Indian journal of veterinary science and animal husbandry - Volumes 15-17, 1948-1951
Year: 1948
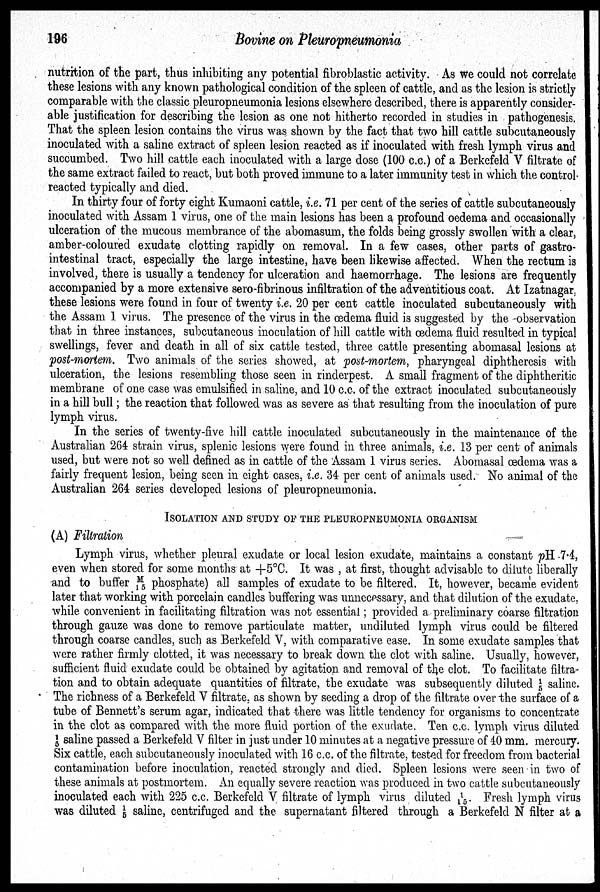
196
Bovine on Pleuropneumonia
nutrition of the part, thus inhibiting any potential fibroblastic activity. As we could not correlate
these lesions with any known pathological condition of the spleen of cattle, and as the lesion is strictly
comparable with the classic pleuropneumonia lesions elsewhere described, there is apparently consider-
able justification for describing the lesion as one not hitherto recorded in studies in pathogenesis.
That the spleen lesion contains the virus was shown by the fact that two hill cattle subcutaneously
inoculated with a saline extract of spleen lesion reacted as if inoculated with fresh lymph virus and
succumbed. Two hill cattle each inoculated with a large dose (100 c.c.) of a Berkefeld V filtrate of
the same extract failed to react, but both proved immune to a later immunity test in which the control
reacted typically and died.
In thirty four of forty eight Kumaoni cattle, i.e. 71 per cent of the series of cattle subcutaneously
inoculated with Assam 1 virus, one of the main lesions has been a profound oedema and occasionally
ulceration of the mucous membrance of the abomasum, the folds being grossly swollen with a clear,
amber-coloured exudate clotting rapidly on removal. In a few cases, other parts of gastro-
intestinal tract, especially the large intestine, have been likewise affected. When the rectum is
involved, there is usually a tendency for ulceration and haemorrhage. The lesions are frequently
accompanied by a more extensive sero-fibrinous infiltration of the adventitious coat. At Izatnagar,
these lesions were found in four of twenty i.e. 20 per cent cattle inoculated subcutaneously with
the Assam 1 virus. The presence of the virus in the œdema fluid is suggested by the observation
that in three instances, subcutaneous inoculation of hill cattle with œdema fluid resulted in typical
swellings, fever and death in all of six cattle tested, three cattle presenting abomasal lesions at
post-mortem. Two animals of the series showed, at post-mortem, pharyngeal diphtheresis with
ulceration, the lesions resembling those seen in rinderpest. A small fragment of the diphtheritic
membrane of one case was emulsified in saline, and 10 c.c. of the extract inoculated subcutaneously
in a hill bull; the reaction that followed was as severe as that resulting from the inoculation of pure
lymph virus.
In the series of twenty-five hill cattle inoculated subcutaneously in the maintenance of the
Australian 264 strain virus, splenic lesions were found in three animals, i.e. 13 per cent of animals
used, but were not so well defined as in cattle of the Assam 1 virus series. Abomasal œdema was a
fairly frequent lesion, being seen in eight cases, i.e. 34 per cent of animals used. No animal of the
Australian 264 series developed lesions of pleuropneumonia.
ISOLATION AND STUDY OF THE PLEUROPNEUMONIA ORGANISM
(A) Filtration
Lymph virus, whether pleural exudate or local lesion exudate, maintains a constant pH-7.4,
even when stored for some months at +5ºC. It was , at first, thought advisable to dilute liberally
and to buffer M/15 phosphate) all samples of exudate to be filtered. It, however, became evident
later that working with porcelain candles buffering was unnecessary, and that dilution of the exudate,
while convenient in facilitating filtration was not essential; provided a preliminary coarse filtration
through gauze was done to remove particulate matter, undiluted lymph virus could be filtered
through coarse candles, such as Berkefeld V, with comparative ease. In some exudate samples that
were rather firmly clotted, it was necessary to break down the clot with saline. Usually, however,
sufficient fluid exudate could be obtained by agitation and removal of the clot. To facilitate filtra-
tion and to obtain adequate quantities of filtrate, the exudate was subsequently diluted 1/5 saline.
The richness of a Berkefeld V filtrate, as shown by seeding a drop of the filtrate over the surface of a
tube of Bennett's serum agar, indicated that there was little tendency for organisms to concentrate
in the clot as compared with the more fluid portion of the exudate. Ten c.c. lymph virus diluted
1/5 saline passed a Berkefeld V filter in just under 10 minutes at a negative pressure of 40 mm. mercury.
Six cattle, each subcutaneously inoculated with 16 c.c. of the filtrate, tested for freedom from bacterial
contamination before inoculation, reacted strongly and died. Spleen lesions were seen in two of
these animals at postmortem. An equally severe reaction was produced in two cattle subcutaneously
inoculated each with 225 c.c. Berkefeld V filtrate of lymph virus diluted 1/15. Fresh lymph virus
was diluted 1/5 saline, centrifuged and the supernatant filtered through a Berkefeld N filter at a